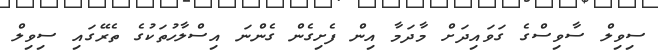
ސިވިލް ސާވިސްގެ ގަވައިދަށް މާދަމާ އިން ފެށިގެން ގެންނަ އިސްލާހުތަކުގެ ތެރޭގައި ސިވިލް